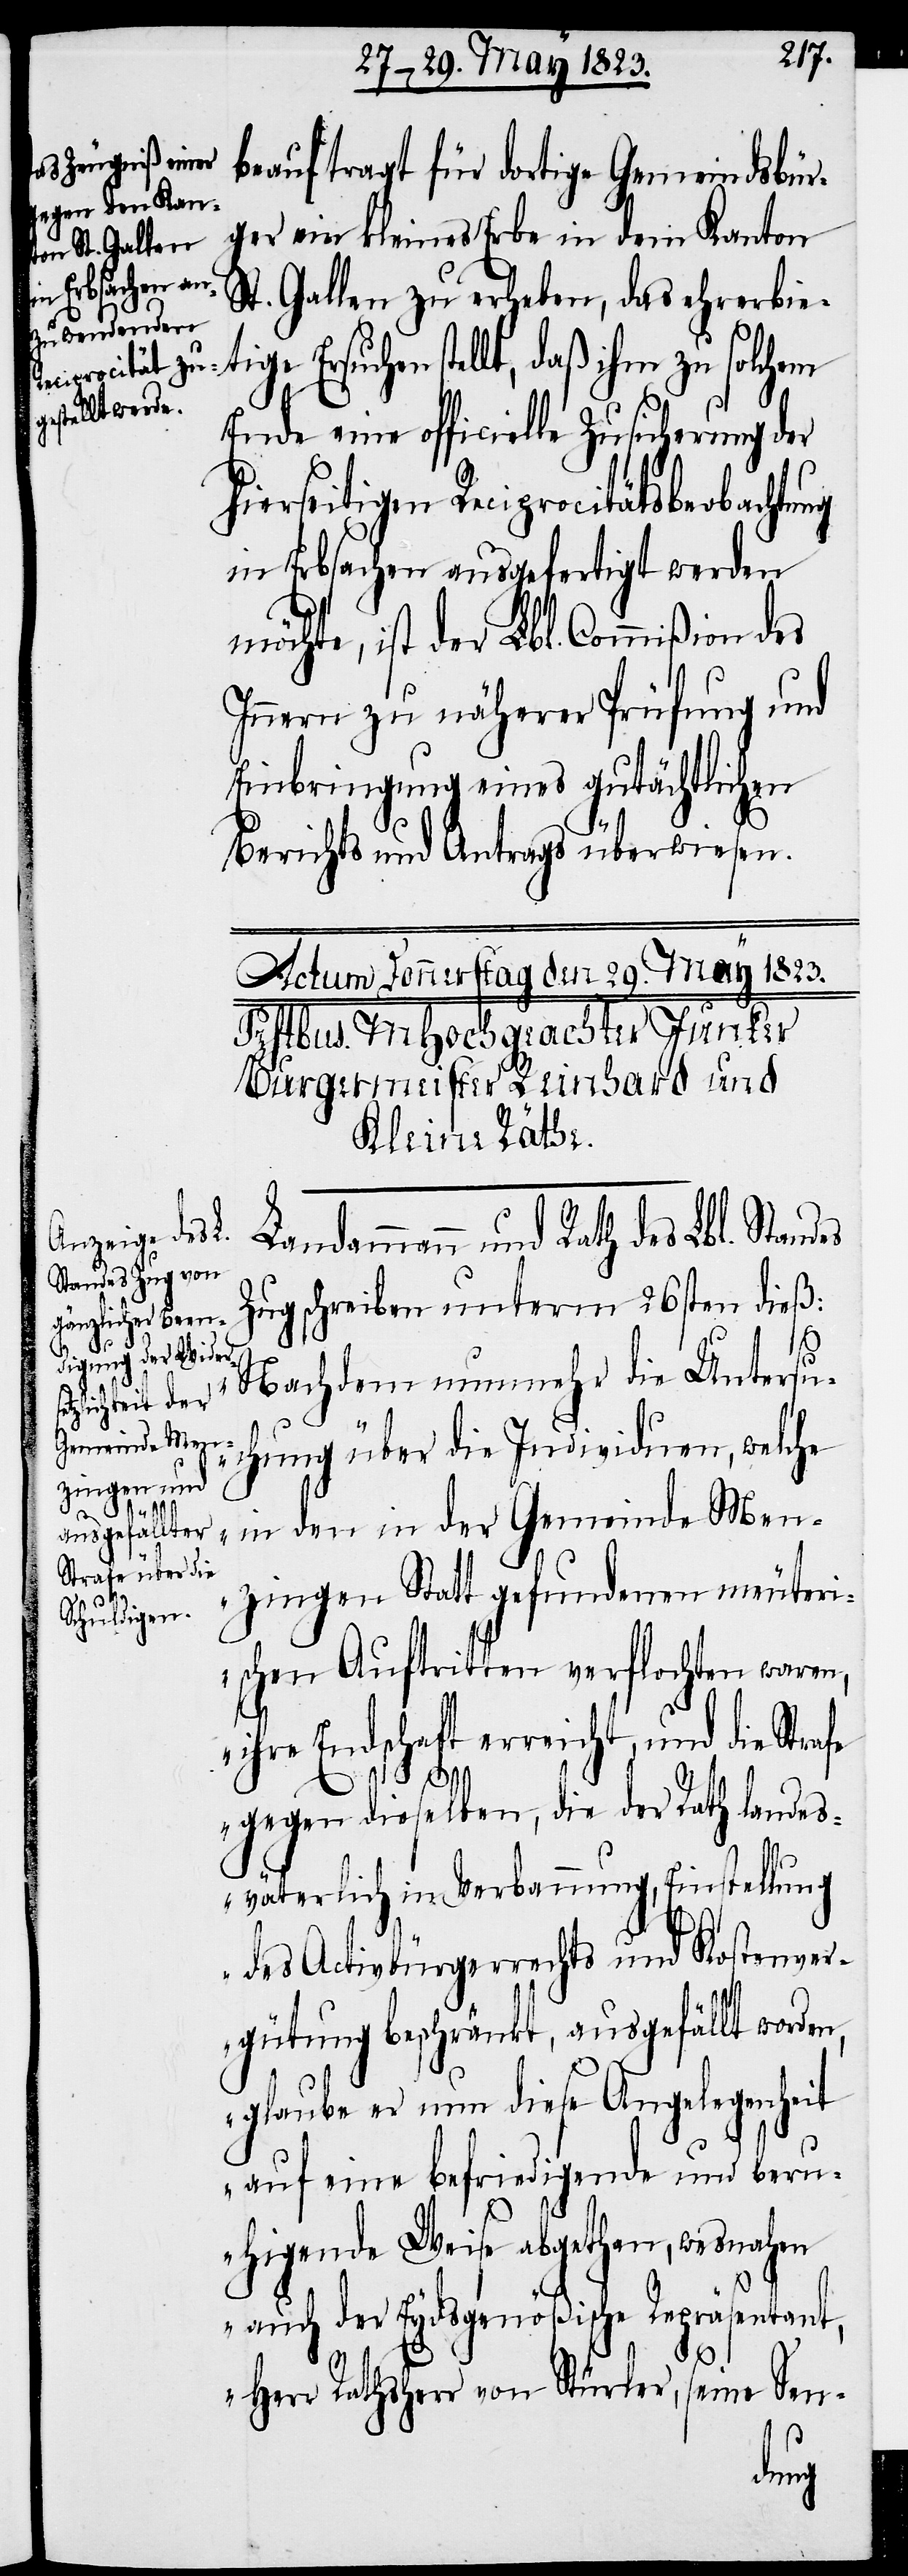
Ersuchen
afe

beauftragt für dortige Gemeindsbür¬
ger ein kleines Erbe in dem Kanton
St. Gallen zu erheben, das ehrerbie¬
stellt, daß ihm zu solchem
Ende eine officielle Zusicherung der
hierseitigen Reciprocitätsbeobacht¬
in Erbsachen ausgefertigt werden
möchte, ist der Lbl. Commißion des
Innern zu näherer Prüfung und
Einbringung eines gutächtlichen
Berichts und Antrags überwiesen.
Landammann und Rath des Lbl. Standes
Zug schreiben unterm 26sten dieß:
„Nachdem nunmehr die Untersu¬
chung über die Individuen, welche
in den in der Gemeinde Men¬
zingen Statt gefundenen meuter¬
ischen Auftritten verflochten waren,
ihre Endschaft erreicht, und die Str¬
gegen dieselben, die der Rath landes¬
väterlich in Verbannung, Einstellung
des Activbürgerrechts und Kostenver¬
gütung beschränkt, ausgefällt worden,
glaube er nun diese Angelegenheit
auf eine befriedigende und beru¬
higende Weise abgethan, wesnahen
auch der Eydsgenößische Repräsentant,
Herr Rathsherr von Stürler, seine Sen-
ung